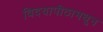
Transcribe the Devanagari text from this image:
विदयापीठामधून